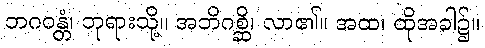
ဘဂဝန္တံ၊ ဘုရားသို့။ အဘိဂစ္ဆိ၊ လာ၏။ အထ၊ ထိုအခါ၌။